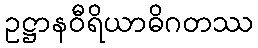
ဥဋ္ဌာနဝီရိယာဓိဂတဿ